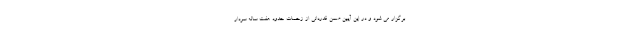
برگزار می شود و در این آیین ضمن قدردانی از زحمات حدود هفت ساله سردار